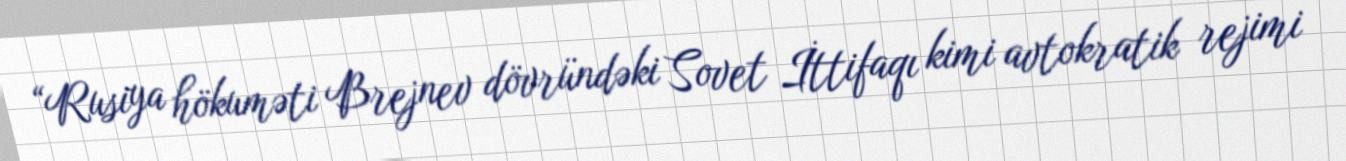
“Rusiya hökuməti Brejnev dövründəki Sovet İttifaqı kimi avtokratik rejimi